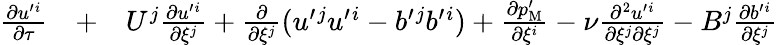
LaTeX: \begin{array}{rlr}{\frac{\partial u^{\prime}{}^{i}}{\partial\tau}}&{{}+}&{U^{j}\frac{\partial u^{\prime}{}^{i}}{\partial\xi^{j}}+\frac{\partial}{\partial\xi^{j}}(u^{\prime}{}^{j}u^{\prime}{}^{i}-b^{\prime}{}^{j}b^{\prime}{}^{i})+\frac{\partial p_{\mathrm{{M}}}^{\prime}}{\partial\xi^{i}}-\nu\frac{\partial^{2}u^{\prime}{}^{i}}{\partial\xi^{j}\partial\xi^{j}}-B^{j}\frac{\partial b^{\prime}{}^{i}}{\partial\xi^{j}}}\end{array}